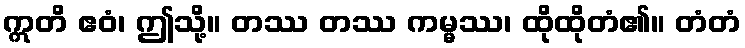
ဣတိ ဧဝံ၊ ဤသို့။ တဿ တဿ ကမ္မဿ၊ ထိုထိုတံ၏။ တံတံ